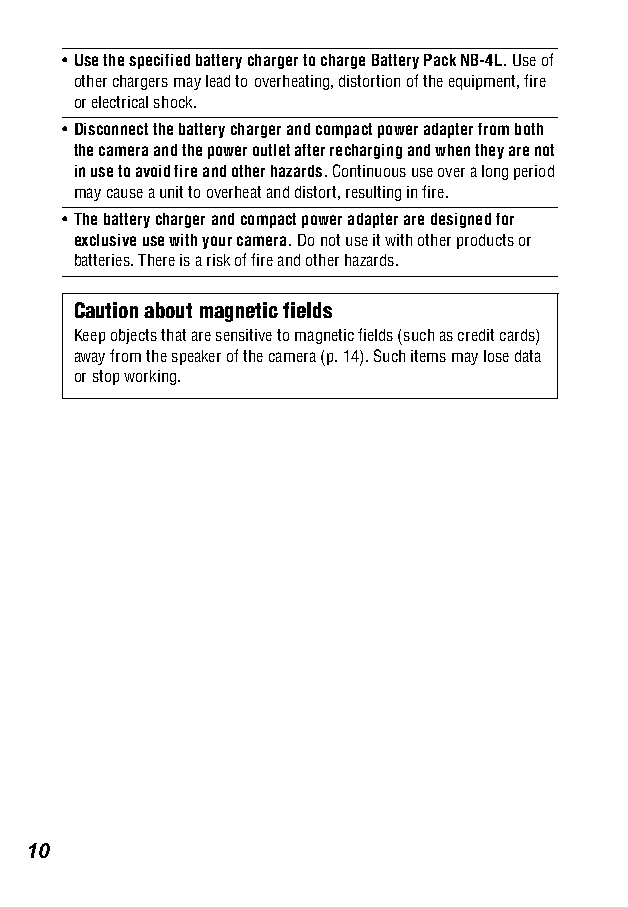
•Use the specified battery charger to charge Battery Pack NB-4L. Use of
 other chargers may lead to overheating, distortion of the equipment, fire
 or electrical shock.
 •Disconnect the battery charger and compact power adapter from both
 the camera and the power outlet after recharging and when they are not
 in use to avoid fire and other hazards. Continuous use over a long period
 may cause a unit to overheat and distort, resulting in fire.
 •The battery charger and compact power adapter are designed for
 exclusive use with your camera. Do not use it with other products or
 batteries. There is a risk of fire and other hazards.
 Caution about magnetic fields
 Keep objects that are sensitive to magnetic fields (such as credit cards)
 away from the speaker of the camera (p. 14). Such items may lose data
 or stop working.
 10